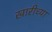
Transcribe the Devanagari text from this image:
खारीच्या